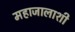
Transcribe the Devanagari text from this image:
महाजालाशी